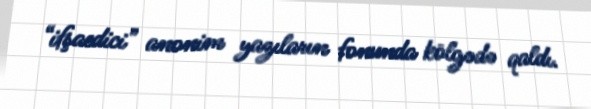
“ifşaedici” anonim yazıların fonunda kölgədə qaldı.